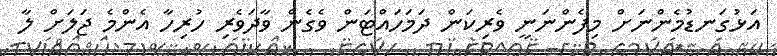
އަޅުގަނޑުމެންނަށް މިފެންނަނީ ވެރިކަން ދަމަހައްޓަން ވެގެން ވާދަވެރި ހުރިހާ އެންމެ ޖަލަށް ލާ